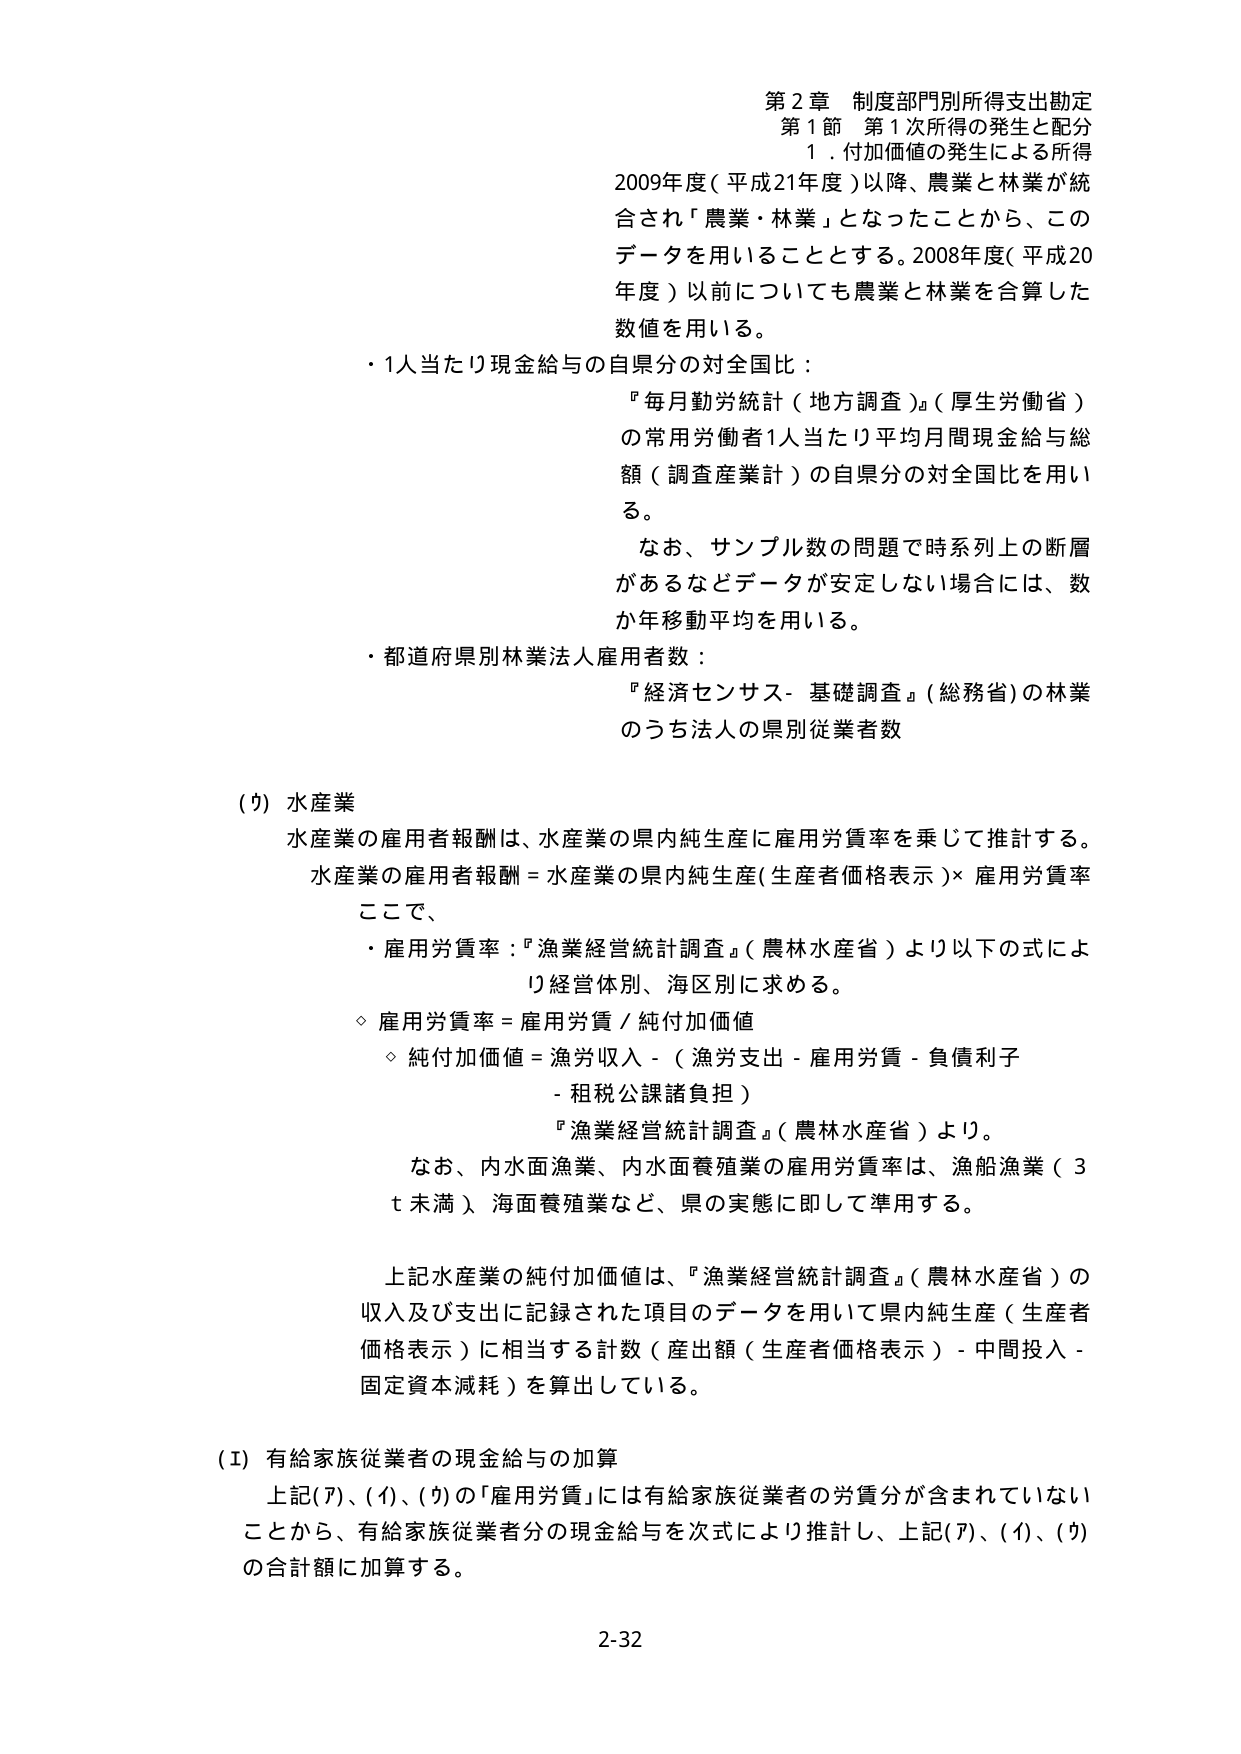
第２章 制度部門別所得支出勘定
第１節 第１次所得の発生と配分
１．付加価値の発生による所得

2009年度（平成21年度）以降、農業と林業が統合され「農業・林業」となったことから、このデータを用いることとする。2008年度（平成20年度）以前についても農業と林業を合算した数値を用いる。

・1人当たり現金給与の自県分の対全国比：
『毎月勤労統計（地方調査）』（厚生労働省）の常用労働者1人当たり平均月間現金給与総額（調査産業計）の自県分の対全国比を用いる。

　なお、サンプル数の問題で時系列上の断層があるなどデータが安定しない場合には、数か年移動平均を用いる。

・都道府県別林業法人雇用者数：
『経済センサス- 基礎調査』（総務省）の林業のうち法人の県別従業者数

（ウ）水産業
水産業の雇用者報酬は、水産業の県内純生産に雇用労賃率を乗じて推計する。
水産業の雇用者報酬＝水産業の県内純生産（生産者価格表示）×雇用労賃率

ここで、
・雇用労賃率：『漁業経営統計調査』（農林水産省）より以下の式により経営体別、海区別に求める。
　◇雇用労賃率＝雇用労賃／純付加価値
　◇純付加価値＝漁労収入－（漁労支出－雇用労賃－負債利子－租税公課諸負担）
　『漁業経営統計調査』（農林水産省）より。

　なお、内水面漁業、内水面養殖業の雇用労賃率は、漁船漁業（3ｔ未満）、海面養殖業など、県の実態に即して準用する。

上記水産業の純付加価値は、『漁業経営統計調査』（農林水産省）の収入及び支出に記録された項目のデータを用いて県内純生産（生産者価格表示）に相当する計数（産出額（生産者価格表示）－中間投入－固定資本減耗）を算出している。

（Ⅰ）有給家族従業者の現金給与の加算
上記（ア）、（イ）、（ウ）の「雇用労賃」には有給家族従業者の労賃分が含まれていないことから、有給家族従業者分の現金給与を次式により推計し、上記（ア）、（イ）、（ウ）の合計額に加算する。

2-32